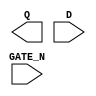
module sky130_fd_sc_hs__dlxtn (
    Q     ,
    D     ,
    GATE_N
);

    output Q     ;
    input  D     ;
    input  GATE_N;

    // Voltage supply signals
    supply1 VPWR;
    supply0 VGND;

endmodule